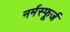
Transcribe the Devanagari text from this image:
नर्मस्फूर्ज